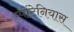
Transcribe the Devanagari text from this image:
स्पोंटेनियास